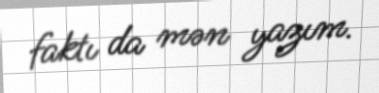
faktı da mən yazım.